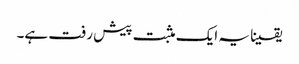
یقینا یہ ایک مثبت پیش رفت ہے۔